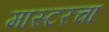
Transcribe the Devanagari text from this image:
मास्टरचा